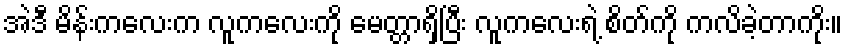
အဲဒီ မိန်းကလေးက လူကလေးကို မေတ္တာရှိပြီး လူကလေးရဲ့ စိတ်ကို ကလိခဲ့တာကိုး။